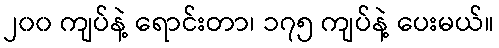
၂၀၀ ကျပ်နဲ့ ရောင်းတာ၊ ၁၇၅ ကျပ်နဲ့ ပေးမယ်။